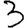
Digit: 3